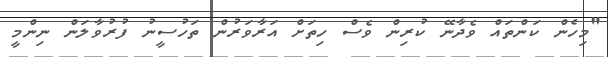
"މިހެން ކަންތައް ވެދާނޭ ކުރިން ވެސް ހިތަށް އަރާވަރުން ތަހުސީނު ފުރުވާލަން ނިންމީ